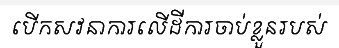
បើកសវនាការលើដីការចាប់ខ្លួនរបស់